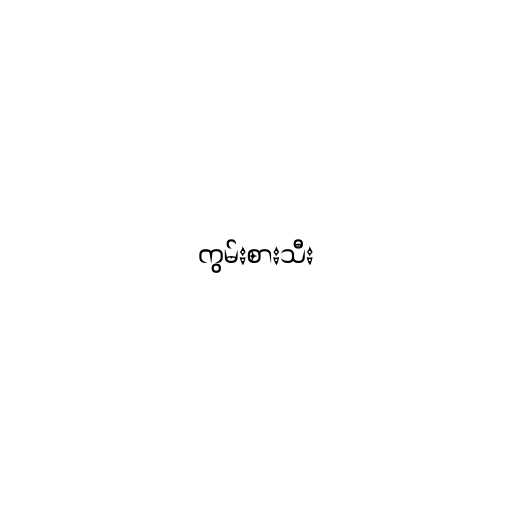
ကွမ်းစားသီး